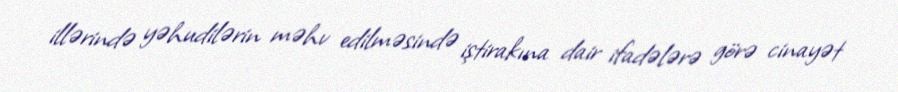
illərində yəhudilərin məhv edilməsində iştirakına dair ifadələrə görə cinayət